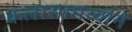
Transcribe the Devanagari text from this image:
कलासामर्थ्याने